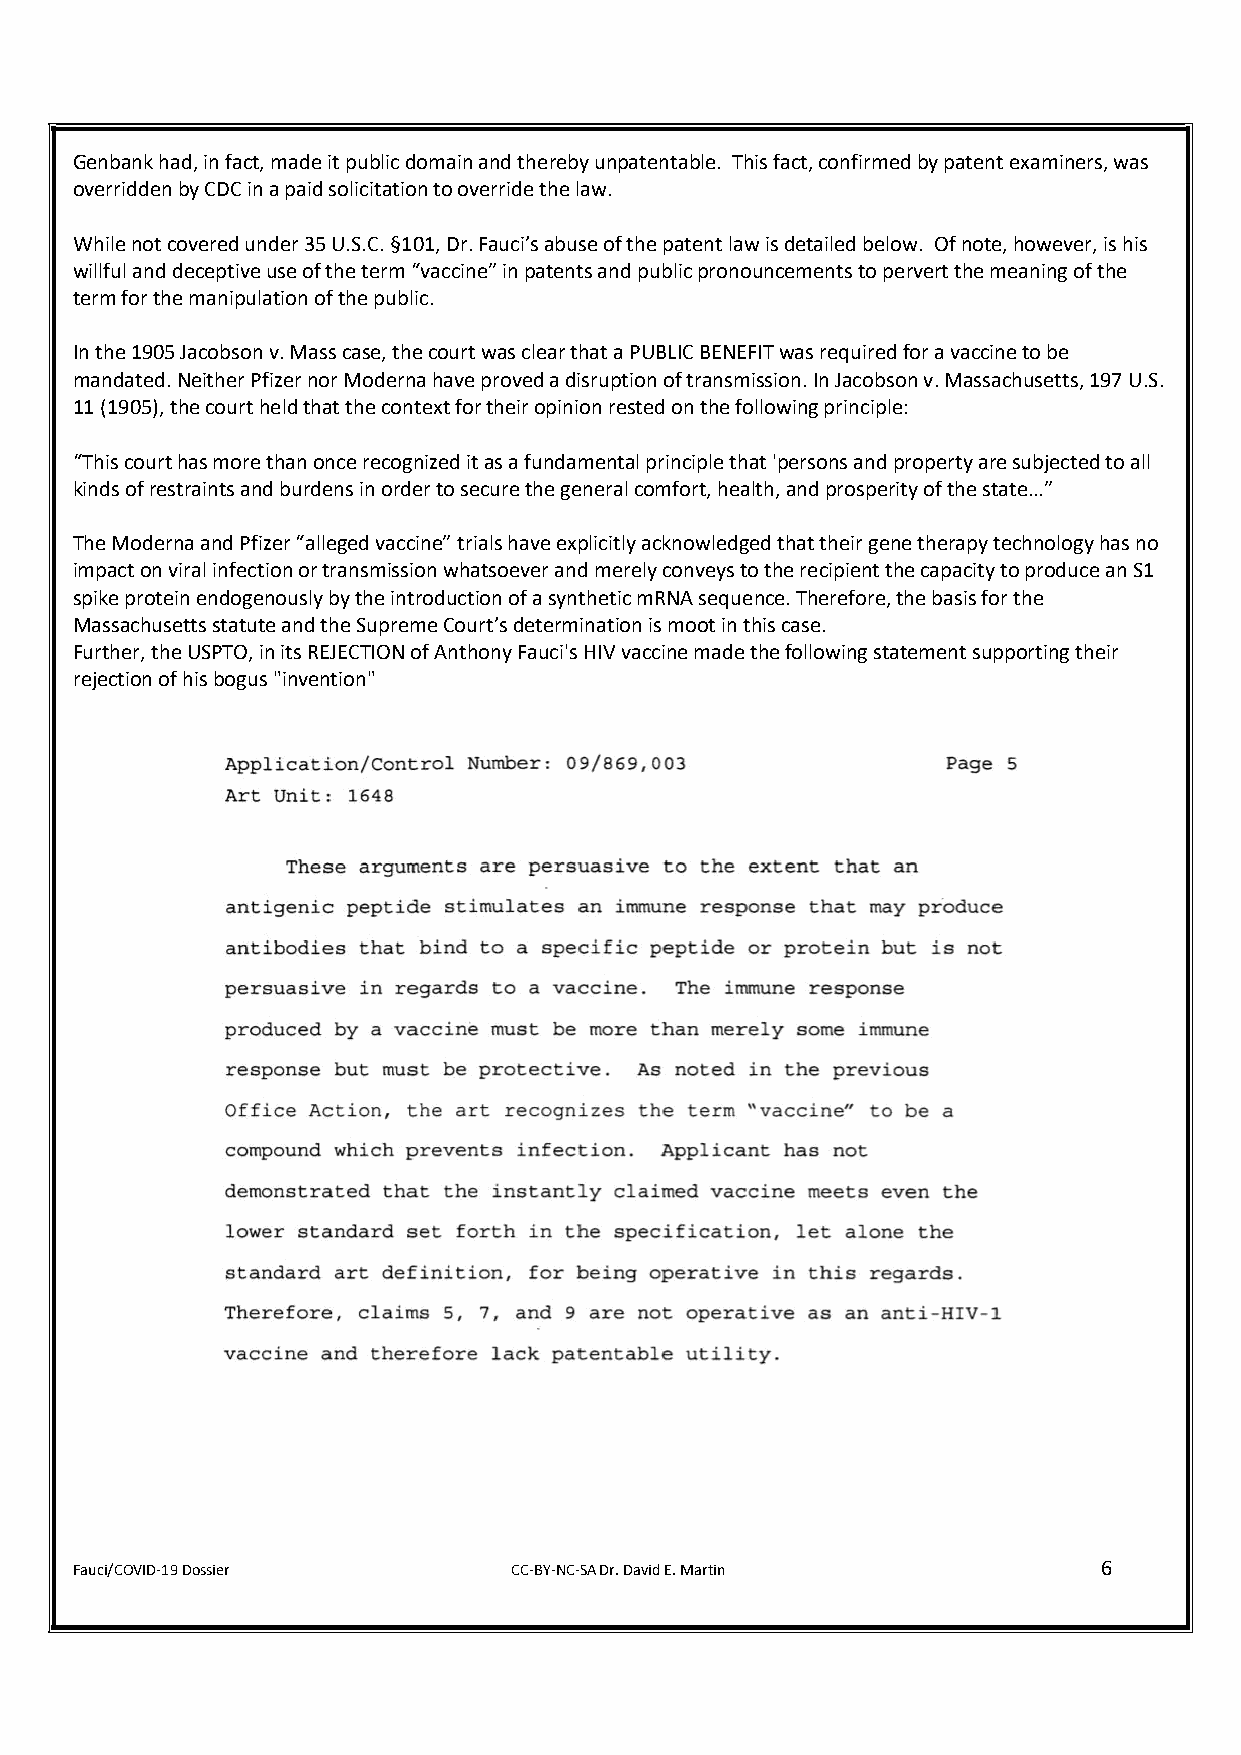
Genbank had, in fact, made it public domain and thereby unpatentable. This fact, confirmed by patent examiners, was
 overridden by CDC in a paid solicitation to override the law.
 While not covered under 35 U.S.C. §101, Dr. Fauci’s abuse of the patent law is detailed below. Of note, however, is his
 willful and deceptive use of the term “vaccine” in patents and public pronouncements to pervert the meaning of the
 term for the manipulation of the public.
 In the 1905 Jacobson v. Mass case, the court was clear that a PUBLIC BENEFIT was required for a vaccine to be
 mandated. Neither Pfizer nor Moderna have proved a disruption of transmission. In Jacobson v. Massachusetts, 197 U.S.
 11 (1905), the court held that the context for their opinion rested on the following principle:
 “This court has more than once recognized it as a fundamental principle that 'persons and property are subjected to all
 kinds of restraints and burdens in order to secure the general comfort, health, and prosperity of the state…”
 The Moderna and Pfizer “alleged vaccine” trials have explicitly acknowledged that their gene therapy technology has no
 impact on viral infection or transmission whatsoever and merely conveys to the recipient the capacity to produce an S1
 spike protein endogenously by the introduction of a synthetic mRNA sequence. Therefore, the basis for the
 Massachusetts statute and the Supreme Court’s determination is moot in this case.
 Further, the USPTO, in its REJECTION of Anthony Fauci's HIV vaccine made the following statement supporting their
 rejection of his bogus "invention"
 Fauci/COVID-19 Dossier       CC-BY-NC-SA Dr. David E. Martin        6